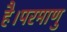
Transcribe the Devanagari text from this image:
है।परमाणु